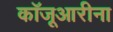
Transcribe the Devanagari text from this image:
कॉजूआरीना